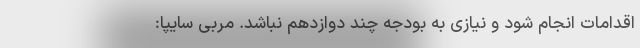
اقدامات انجام شود و نیازی به بودجه چند دوازدهم نباشد. مربی سایپا: